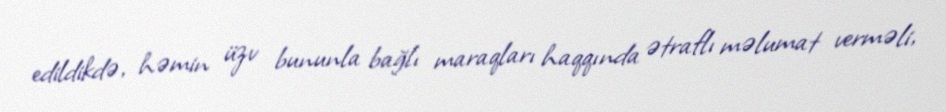
edildikdə, həmin üzv bununla bağlı maraqları haqqında ətraflı məlumat verməli,